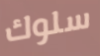
سلوك